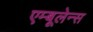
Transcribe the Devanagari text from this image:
एम्‍बूलेन्‍स